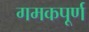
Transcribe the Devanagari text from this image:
गमकपूर्ण